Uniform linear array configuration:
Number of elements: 4
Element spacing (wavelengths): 0.75
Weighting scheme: hann
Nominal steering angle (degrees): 45
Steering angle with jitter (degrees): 44.115
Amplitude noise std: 0.05
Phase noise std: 0.05

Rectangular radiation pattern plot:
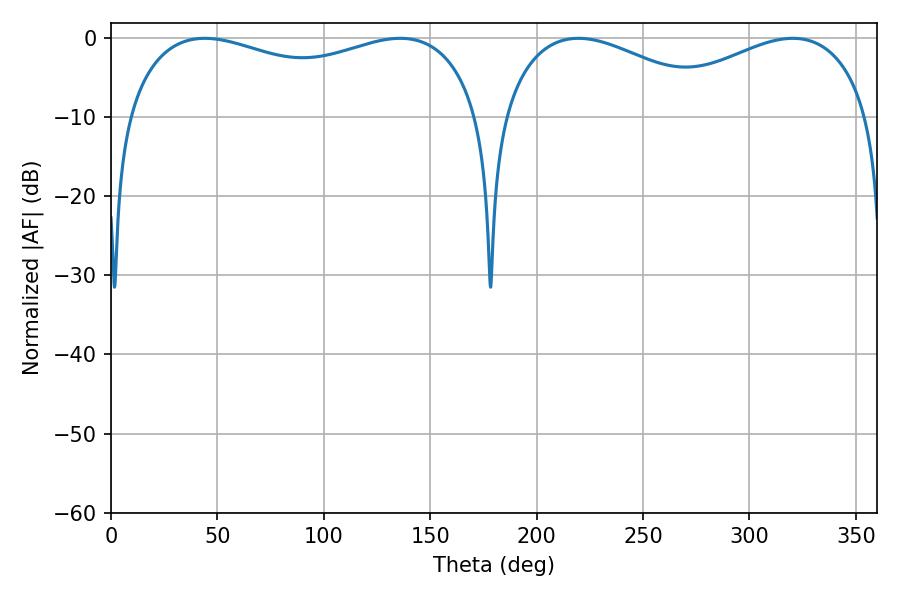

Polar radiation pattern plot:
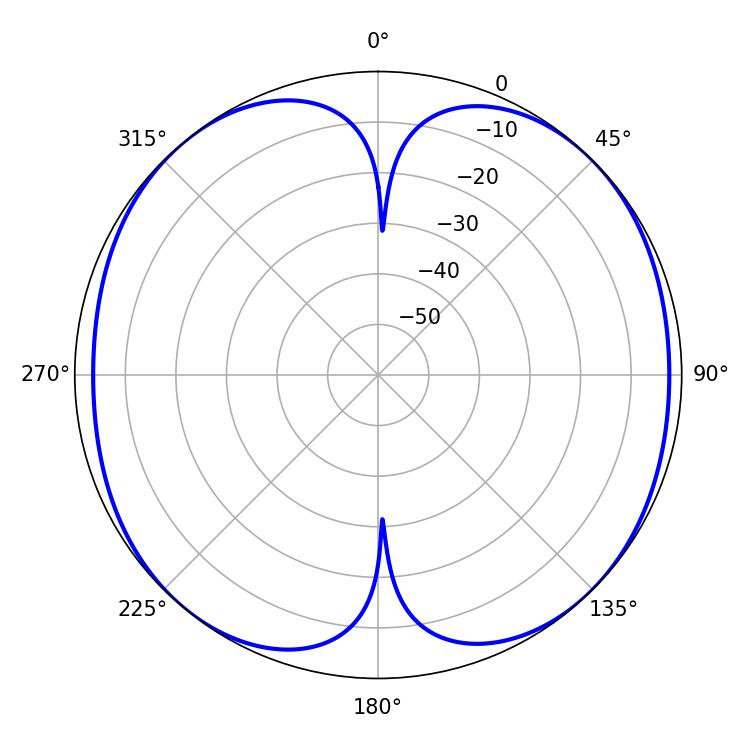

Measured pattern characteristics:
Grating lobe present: TRUE
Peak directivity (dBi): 12.217
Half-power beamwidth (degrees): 58.32
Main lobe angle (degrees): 219.6